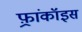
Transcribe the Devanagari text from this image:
फ़्रांकॉइस